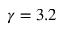
\gamma = 3 . 2